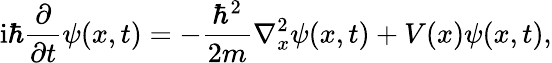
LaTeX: \mathrm{i}\hbar\frac{\partial}{\partial t}\psi(x,t)=-\frac{\hbar^{2}}{2m}\nabla_{x}^{2}\psi(x,t)+V(x)\psi(x,t),